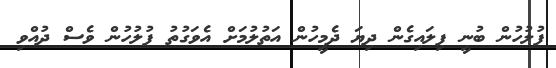
ފުލުހުން ބުނީ ފިލައިގެން ދިޔަ ދެމީހުން އަތުލުމަށް އެވަގުތު ފުލުހުން ވެސް ދުއްވި